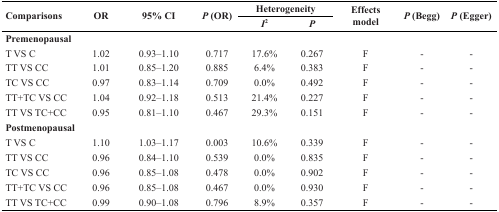
| <ROWSPAN=2> Comparisons | <ROWSPAN=2> OR | <ROWSPAN=2> 95% CI | <ROWSPAN=2> P (OR) | <COLSPAN=2> Heterogeneity | <ROWSPAN=2> Effects model | <ROWSPAN=2> P (Begg) | <ROWSPAN=2> P (Egger) |
 | I2 | P |
 | --- | --- | --- | --- | --- | --- | --- | --- | --- |
 | <COLSPAN=9> Premenopausal |
 | T VS C | 1.02 | 0.93–1.10 | 0.717 | 17.6% | 0.267 | F | - | - |
 | TT VS CC | 1.01 | 0.85–1.20 | 0.885 | 6.4% | 0.383 | F | - | - |
 | TC VS CC | 0.97 | 0.83–1.14 | 0.709 | 0.0% | 0.492 | F | - | - |
 | TT+TC VS CC | 1.04 | 0.92–1.18 | 0.513 | 21.4% | 0.227 | F | - | - |
 | TT VS TC+CC | 0.95 | 0.81–1.10 | 0.467 | 29.3% | 0.151 | F | - | - |
 | <COLSPAN=9> Postmenopausal |
 | T VS C | 1.10 | 1.03–1.17 | 0.003 | 10.6% | 0.339 | F | - | - |
 | TT VS CC | 0.96 | 0.84–1.10 | 0.539 | 0.0% | 0.835 | F | - | - |
 | TC VS CC | 0.96 | 0.85–1.08 | 0.478 | 0.0% | 0.902 | F | - | - |
 | TT+TC VS CC | 0.96 | 0.85–1.08 | 0.467 | 0.0% | 0.930 | F | - | - |
 | TT VS TC+CC | 0.99 | 0.90–1.08 | 0.796 | 8.9% | 0.357 | F | - | - |